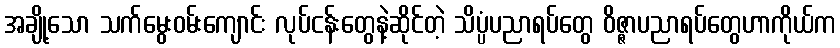
အချို့သော သက်မွေးဝမ်းကျောင်း လုပ်ငန်းတွေနဲ့ဆိုင်တဲ့ သိပ္ပံပညာရပ်တွေ ဝိဇ္ဇာပညာရပ်တွေဟာကိုယ်က